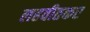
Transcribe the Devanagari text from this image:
लहवीतकर